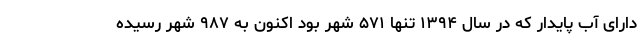
دارای آب پایدار که در سال ۱۳۹۴ تنها ۵۷۱ شهر بود اکنون به ۹۸۷ شهر رسیده